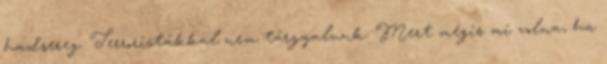
hadsereg. Terroristákkal nem tárgyalunk. Mert mégis mi volna, ha